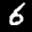
Label: 6